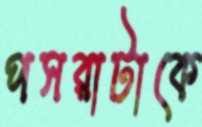
পসরাটাকে